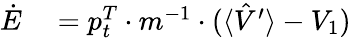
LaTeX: \begin{array}{rl}{\dot{E}}&{{}=p_{t}^{T}\cdot m^{-1}\cdot(\langle\hat{V}^{\prime}\rangle-V_{1})}\end{array}